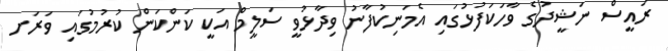
ރައީސް ނަޝީދުގެ ވާހަކަފުޅުގައި އެމަނިކުފާނު ވިދާޅުވީ ސަލީމް އަކީ ކަންކަން ކުރުމުގައި ވަރަށ